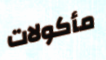
مأكولات